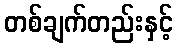
တစ်ချက်တည်းနှင့်